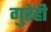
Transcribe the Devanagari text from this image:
गुरेही